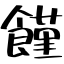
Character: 饉